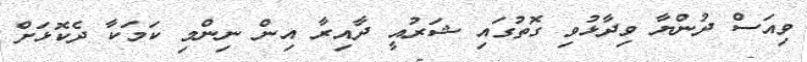
ވިއަސް ދުންޔާ ވިދާޅުވި ގޮތުގައި ޝަރުއީ ދާއިރާ އިން ނިންމި ކަމަކާ ދެކޮޅަށް